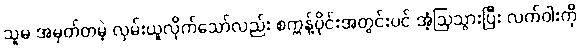
သူမ အမှတ်တမဲ့ လှမ်းယူလိုက်သော်လည်း စက္ကန့်ပိုင်းအတွင်းပင် အံ့ဩသွားပြီး လက်ဝါးကို